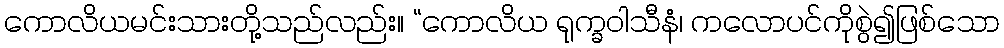
ကောလိယမင်းသားတို့သည်လည်း။ “ကောလိယ ရုက္ခဝါသီနံ၊ ကလောပင်ကိုစွဲ၍ဖြစ်သော